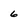
Character: 6